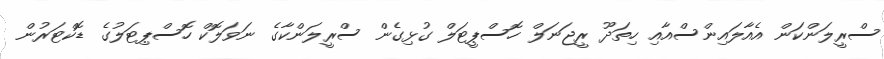
ސްރީލަންކަން އެއާލައިންސްއާއި ހިތަދޫ ރީޖަނަލް ހޮސްޕީޓަލް ގުޅިގެން ސްރީލަންކާގެ ނަވަލޮކް ހޮސްޕިޓަލުގެ ޑޮކްޓަރުން